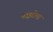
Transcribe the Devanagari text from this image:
नाइटेला